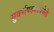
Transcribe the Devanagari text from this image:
सुवर्णपदकविजेती